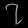
Digit: ၇